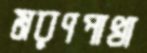
মরণপাখা